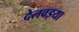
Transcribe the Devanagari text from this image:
देलवइया